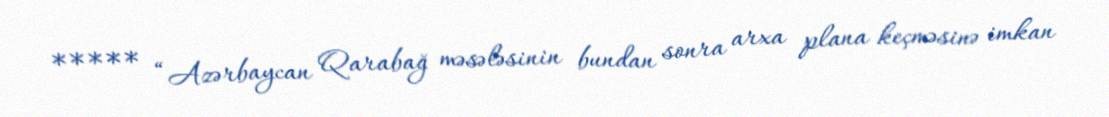
***** “Azərbaycan Qarabağ məsələsinin bundan sonra arxa plana keçməsinə imkan